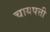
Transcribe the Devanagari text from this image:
चायपत्ती